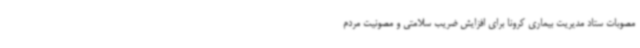
مصوبات ستاد مدیریت بیماری کرونا برای افزایش ضریب سلامتی و مصونیت مردم